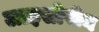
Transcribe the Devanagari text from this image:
लाइसोपीन